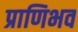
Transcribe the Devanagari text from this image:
प्राणिभव